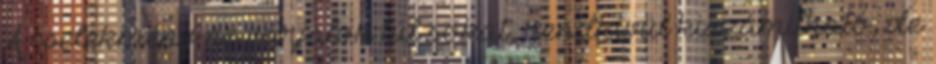
A cselekmény ne várjatok túl sokat, rendkívül kiszámítható, de